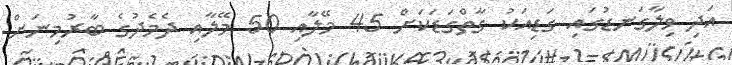
އަދި ވިލާގަނޑުގައި ގަޑިއަކު ގާތްގަޑަކަށް 45 މޭލާއި 50 މޭލާއި ދެމެދުގެ ބާރުމިނަށް